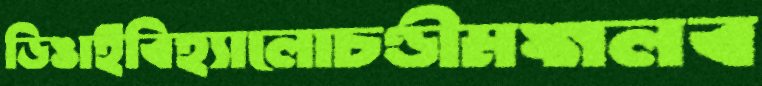
ডিঙাইবিহ্যালোচণ্ডীমঙ্গলব